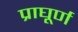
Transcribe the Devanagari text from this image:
प्राघूर्ण